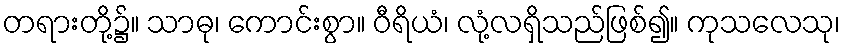
တရားတို့၌။ သာဓု၊ ကောင်းစွာ။ ဝီရိယံ၊ လုံ့လရှိသည်ဖြစ်၍။ ကုသလေသု၊